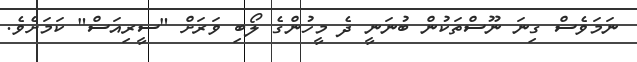
ނަމަވެސް ގިނަ ނޫސްތަކުން ބުނަނީ ދެ މީހުންގެ ލޯބި ވަރަށް "ސީރިއަސް" ކަމަށެވެ.